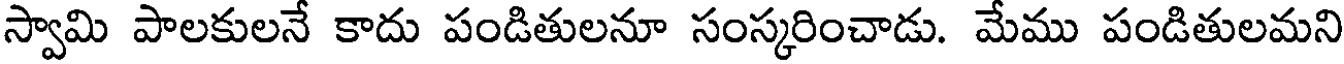
స్వామి పాలకులనే కాదు పండితులనూ సంస్కరించాడు. మేము పండితులమని